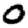
Digit: 0